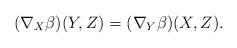
LaTeX: \begin{align*} (\nabla_X\beta)(Y,Z)=(\nabla_Y\beta)(X,Z).\end{align*}